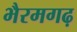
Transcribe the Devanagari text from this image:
भैरमगढ़